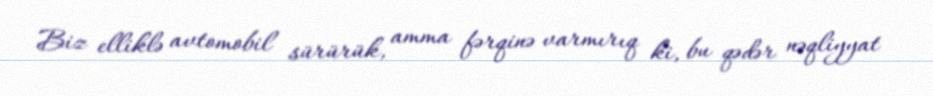
Biz elliklə avtomobil sürürük, amma fərqinə varmırıq ki, bu qədər nəqliyyat